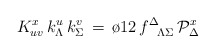
\begin{align*}K^x_{uv} \, k^u_\Lambda \, k^v_\Sigma \, = \, {\o{1}{2}} \,f^{\Delta}_{\phantom{\Delta}\Lambda\Sigma}\, {\cal P}_\Delta^{x}\end{align*}